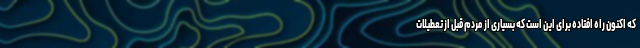
که اکنون راه افتاده برای این است که بسیاری از مردم قبل از تعطیلات